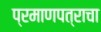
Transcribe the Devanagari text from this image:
प्रमाणपत्राचा